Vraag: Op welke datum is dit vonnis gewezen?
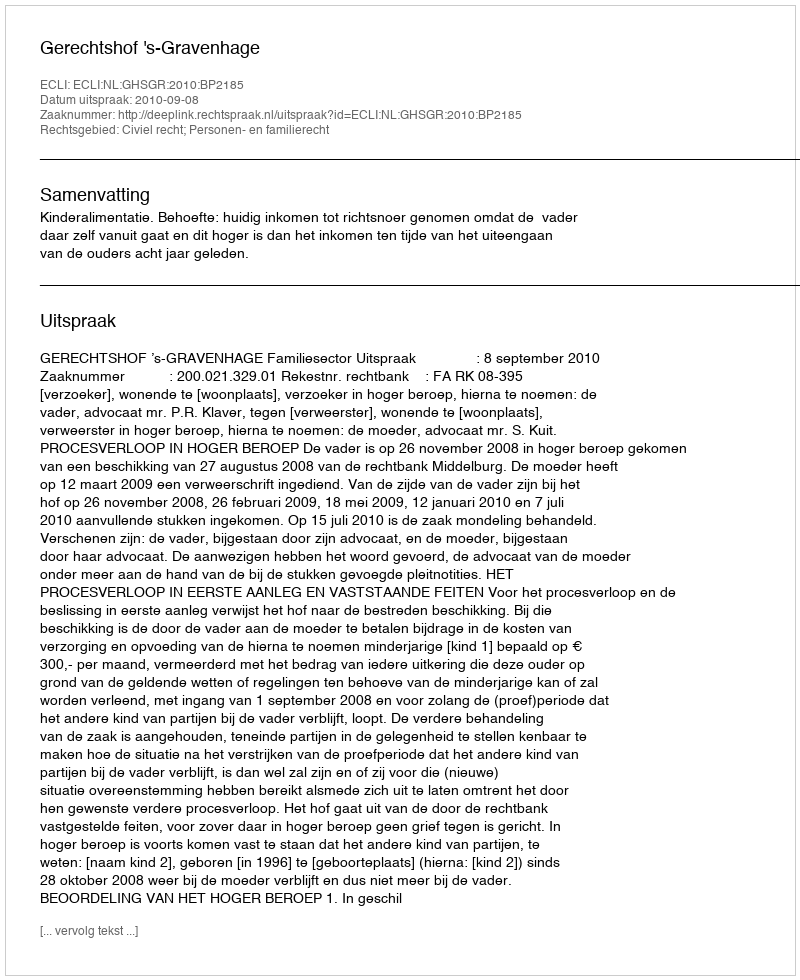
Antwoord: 2010-09-08